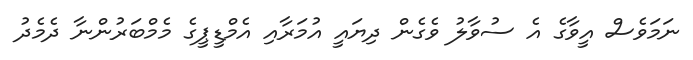
ނަމަވެސް އީވާގެ އެ ސުވާލު ވެގެން ދިޔައީ އުމަރާއި އެމްޑީޕީގެ މެމްބަރުންނާ ދެމެދު